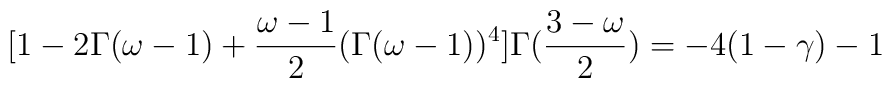
[1-2\Gamma (\omega -1) +\frac{\omega -1}{2} (\Gamma(\omega -1))^4]          \Gamma(\frac{3-\omega}{2}) = -4(1 - \gamma) -1